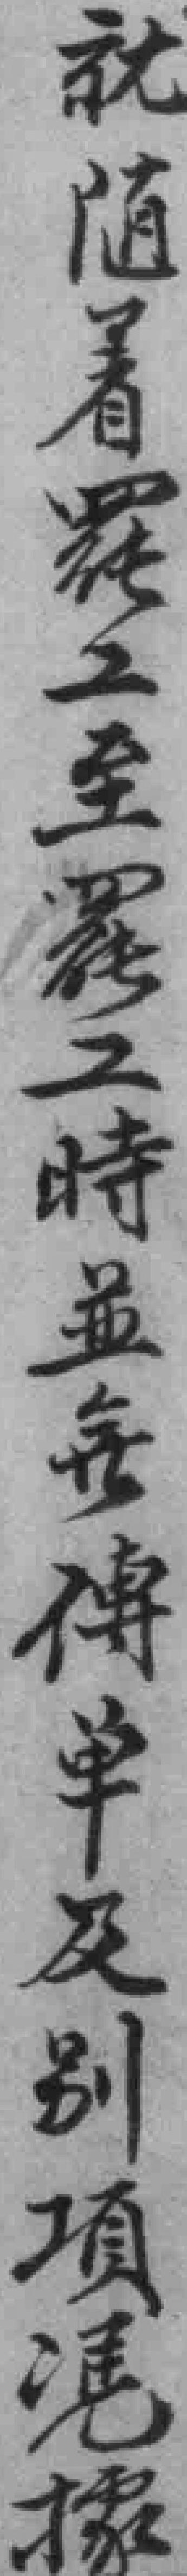
就随着罷工至罷工時並無傳单及别項凴據